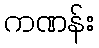
ကဏန်း